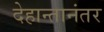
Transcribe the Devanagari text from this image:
देहान्तानंतर